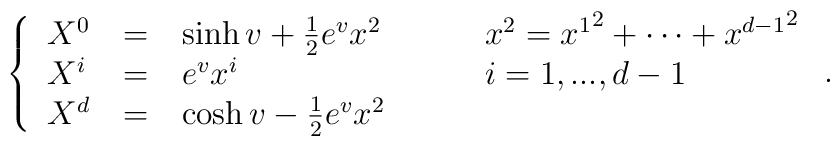
\left\{\begin{tabular}{lclcll} $X^{0} $&=& $\sinh  {v} + \frac 12 e^{ {v}} x^2 $  & & $ $ & $x^2 = {x^1}^2+ \cdots +{x^{d-1}}^2$ \cr$X^{i} $&=& $e^{ {v}} x^i $ & & $ $& $ { i=1,...,d-1}$\cr $X^{d}$&=&$ \cosh  {v} - \frac 12 e^{ {v}} x^2$ &   &  &\end{tabular}\right. .